65_HS1-834228961_62-HQ-83894_Section_4
Agency: FBI
Page 31
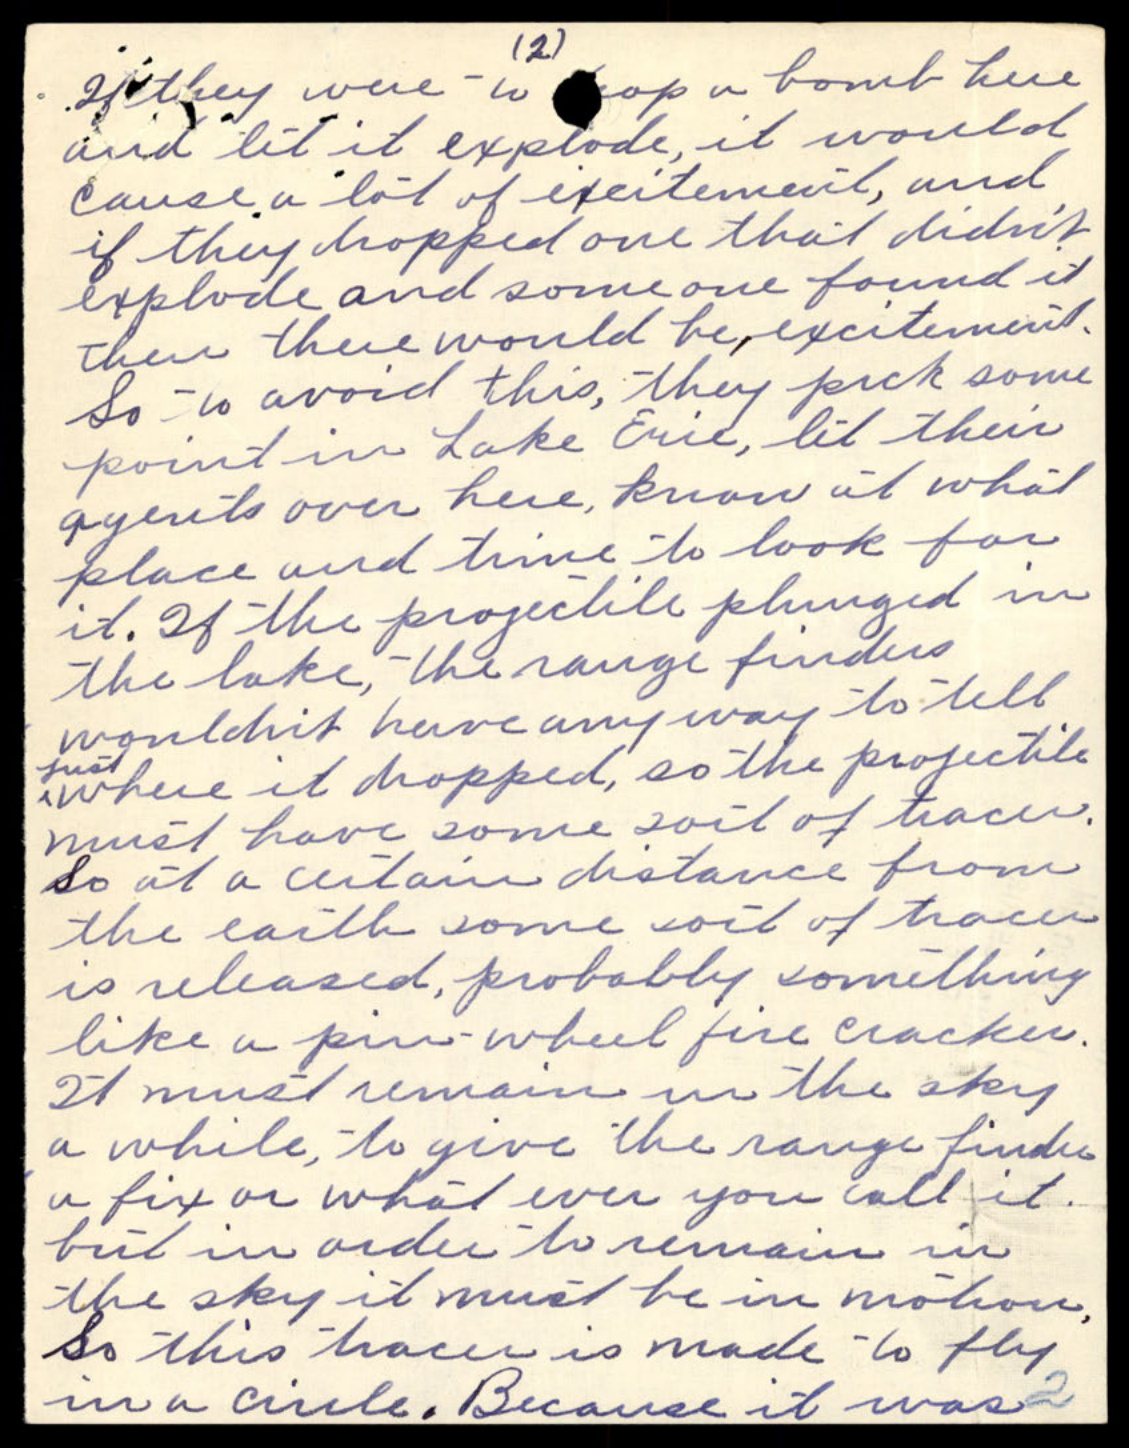